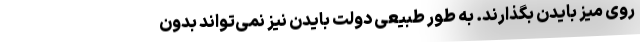
روی میز بایدن بگذارند. به طور طبیعی دولت بایدن نیز نمی‌تواند بدون